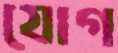
যোগ